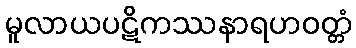
မူလာယပဋိကဿနာရဟဝတ္တံ